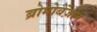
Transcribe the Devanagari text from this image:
ब्रोमोबेंज़ीन